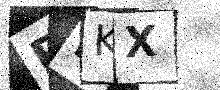
Text: BDKX